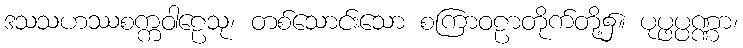
ဒသသဟဿစက္ကဝါဠေသု၊ တစ်သောင်းသော စကြာဝဠာတိုက်တို့၌။ ပုပ္ဖပ္ပဏ္ဏာ၊